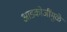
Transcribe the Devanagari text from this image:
आडकोजींमुळे